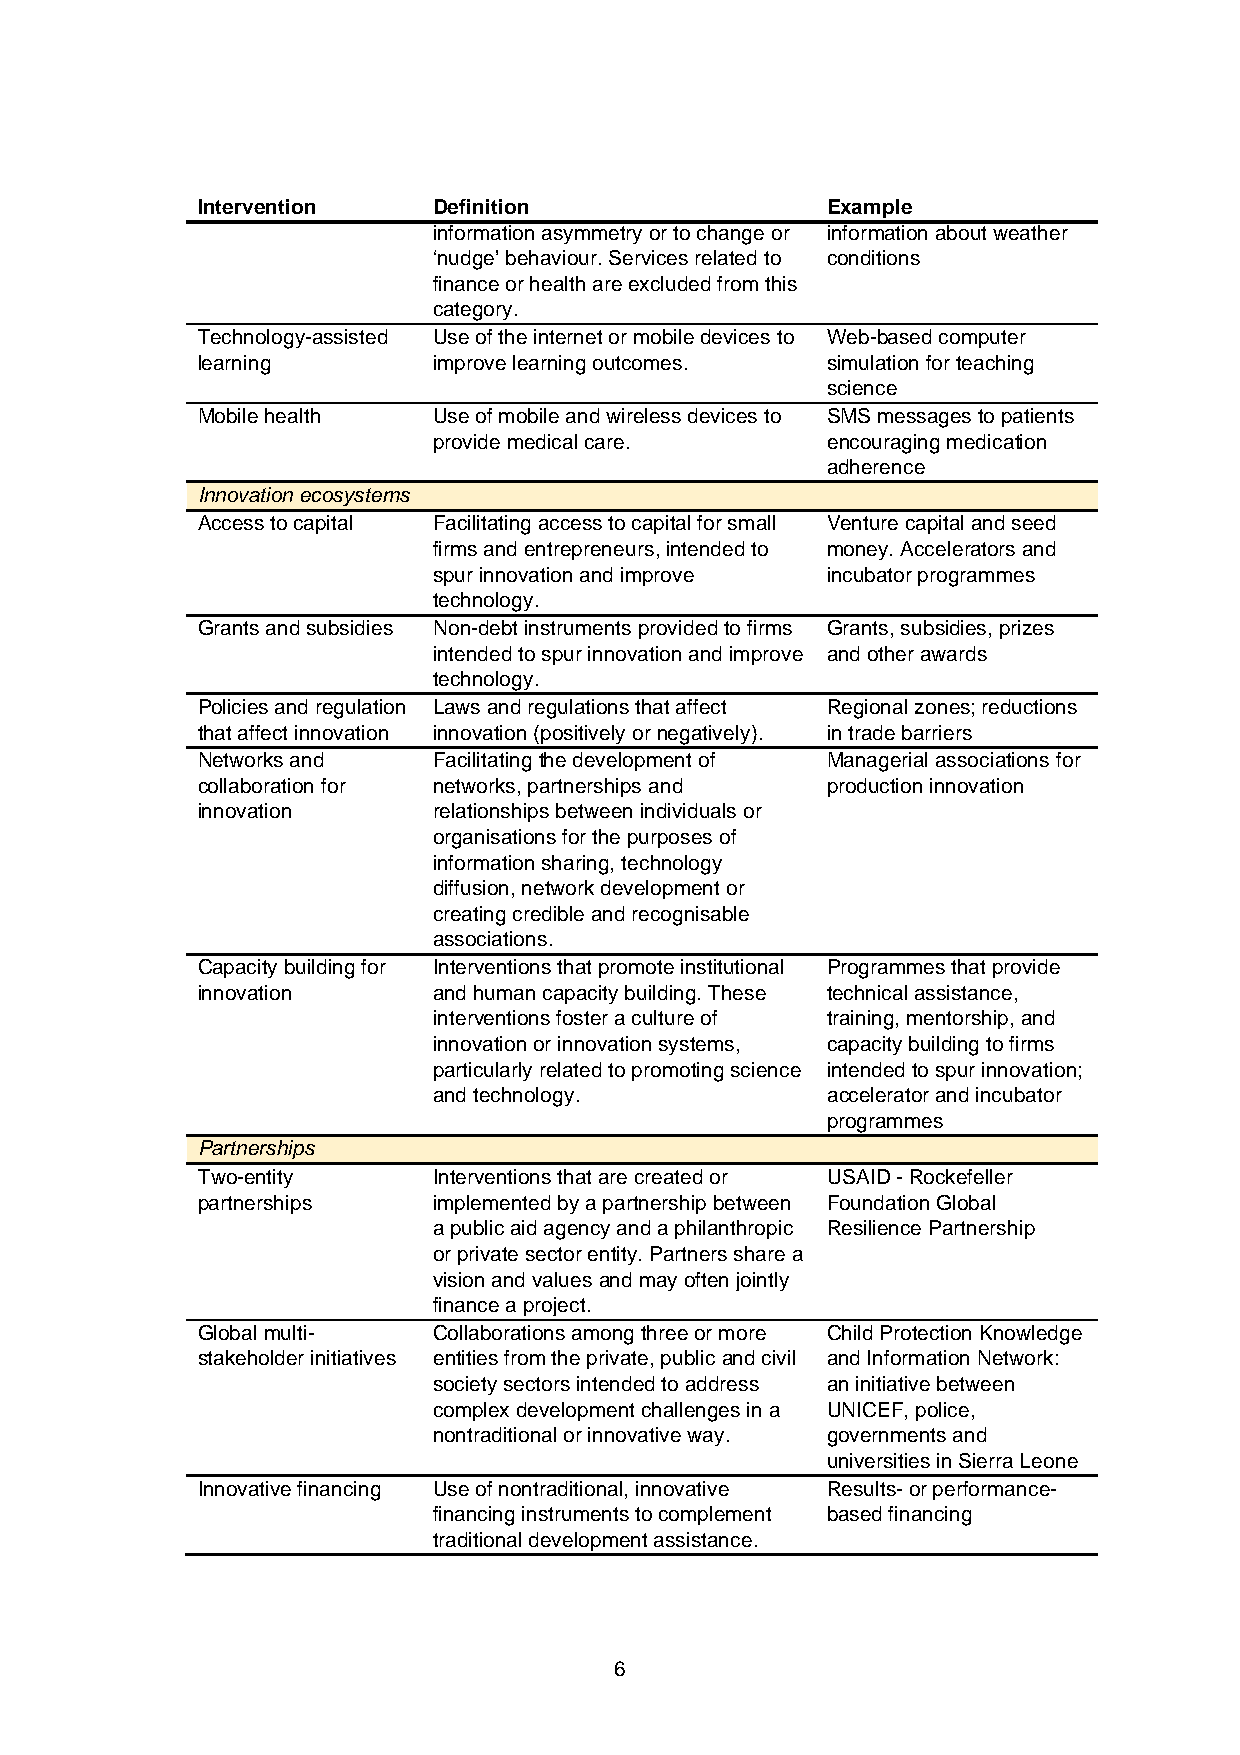
Intervention    Definition                Example
 information asymmetry or to change or information about weather
 ‘nudge’ behaviour. Services related to conditions
 finance or health are excluded from this
 category.
 Technology-assisted Use of the internet or mobile devices to Web-based computer
 learning        improve learning outcomes. simulation for teaching
 science
 Mobile health   Use of mobile and wireless devices to SMS messages to patients
 provide medical care.     encouraging medication
 adherence
 Innovation ecosystems
 Access to capital Facilitating access to capital for small Venture capital and seed
 firms and entrepreneurs, intended to money. Accelerators and
 spur innovation and improve incubator programmes
 technology.
 Grants and subsidies Non-debt instruments provided to firms Grants, subsidies, prizes
 intended to spur innovation and improve and other awards
 technology.
 Policies and regulation Laws and regulations that affect Regional zones; reductions
 that affect innovation innovation (positively or negatively). in trade barriers
 Networks and    Facilitating the development of Managerial associations for
 collaboration for networks, partnerships and production innovation
 innovation      relationships between individuals or
 organisations for the purposes of
 information sharing, technology
 diffusion, network development or
 creating credible and recognisable
 associations.
 Capacity building for Interventions that promote institutional Programmes that provide
 innovation      and human capacity building. These technical assistance,
 interventions foster a culture of training, mentorship, and
 innovation or innovation systems, capacity building to firms
 particularly related to promoting science intended to spur innovation;
 and technology.           accelerator and incubator
 programmes
 Partnerships
 Two-entity      Interventions that are created or USAID - Rockefeller
 partnerships    implemented by a partnership between Foundation Global
 a public aid agency and a philanthropic Resilience Partnership
 or private sector entity. Partners share a
 vision and values and may often jointly
 finance a project.
 Global multi-   Collaborations among three or more Child Protection Knowledge
 stakeholder initiatives entities from the private, public and civil and Information Network:
 society sectors intended to address an initiative between
 complex development challenges in a UNICEF, police,
 nontraditional or innovative way. governments and
 universities in Sierra Leone
 Innovative financing Use of nontraditional, innovative Results- or performance-
 financing instruments to complement based financing
 traditional development assistance.
 6